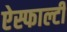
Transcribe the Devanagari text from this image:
ऐस्फाल्टी